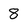
Character: 8